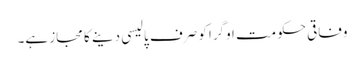
وفاقی حکومت اوگرا کو صرف پالیسی دینے کا مجاز ہے۔